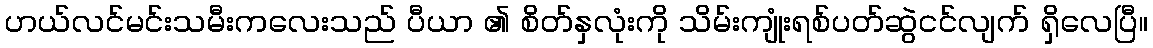
ဟယ်လင်မင်းသမီးကလေးသည် ပီယာ ၏ စိတ်နှလုံးကို သိမ်းကျုံးရစ်ပတ်ဆွဲငင်လျက် ရှိလေပြီ။